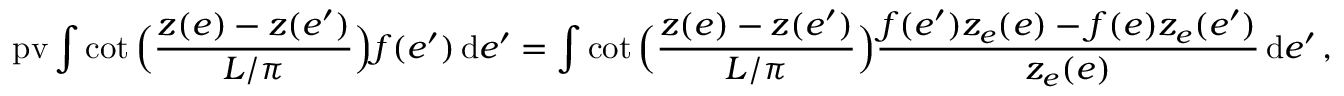
\mathrm { p v } \int \cot \Big ( \frac { z ( e ) - z ( e ^ { \prime } ) } { L / \pi } \Big ) f ( e ^ { \prime } ) \, \mathrm { d } e ^ { \prime } = \int \cot \Big ( \frac { z ( e ) - z ( e ^ { \prime } ) } { L / \pi } \Big ) \frac { f ( e ^ { \prime } ) z _ { e } ( e ) - f ( e ) z _ { e } ( e ^ { \prime } ) } { z _ { e } ( e ) } \, \mathrm { d } e ^ { \prime } \, ,